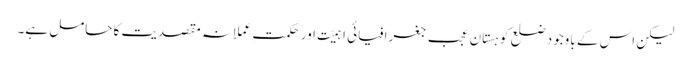
لیکن اس کے باوجود ضلع کوہستان عجب جغرافیائی اہمیّت اور حکمتِ عملانہ مقصدیت کا حامل ہے۔